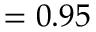
= 0 . 9 5